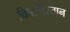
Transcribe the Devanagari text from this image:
किरगिस्तान